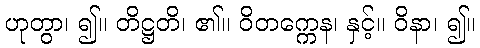
ဟုတွာ၊ ၍။ တိဋ္ဌတိ၊ ၏။ ဝိတက္ကေန၊ နှင့်။ ဝိနာ၊ ၍။